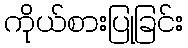
ကိုယ်စားပြုခြင်း